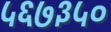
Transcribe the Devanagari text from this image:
५६७३५०